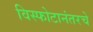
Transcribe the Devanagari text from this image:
विस्फोटानंतरचे